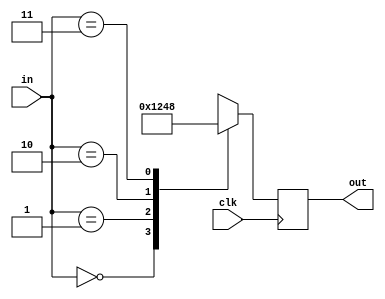
module decoder_2_4 (
    input       clk,
    input [1:0] in,
    output reg [3:0] out
  );

  always @(posedge clk) begin
    case (in)
      2'b00:   out <= 4'b0001;
      2'b01:   out <= 4'b0010;
      2'b10:   out <= 4'b0100;
      2'b11:   out <= 4'b1000;
      default: out <= 4'b0000;
    endcase
  end

endmodule // decoder_2_4